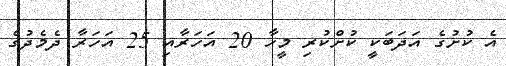
އެ ކުށުގެ އަދަބަކީ ކުށްކުރި މީހާ 20 އަހަރާއި 25 އަހަރާ ދެމެދުގެ